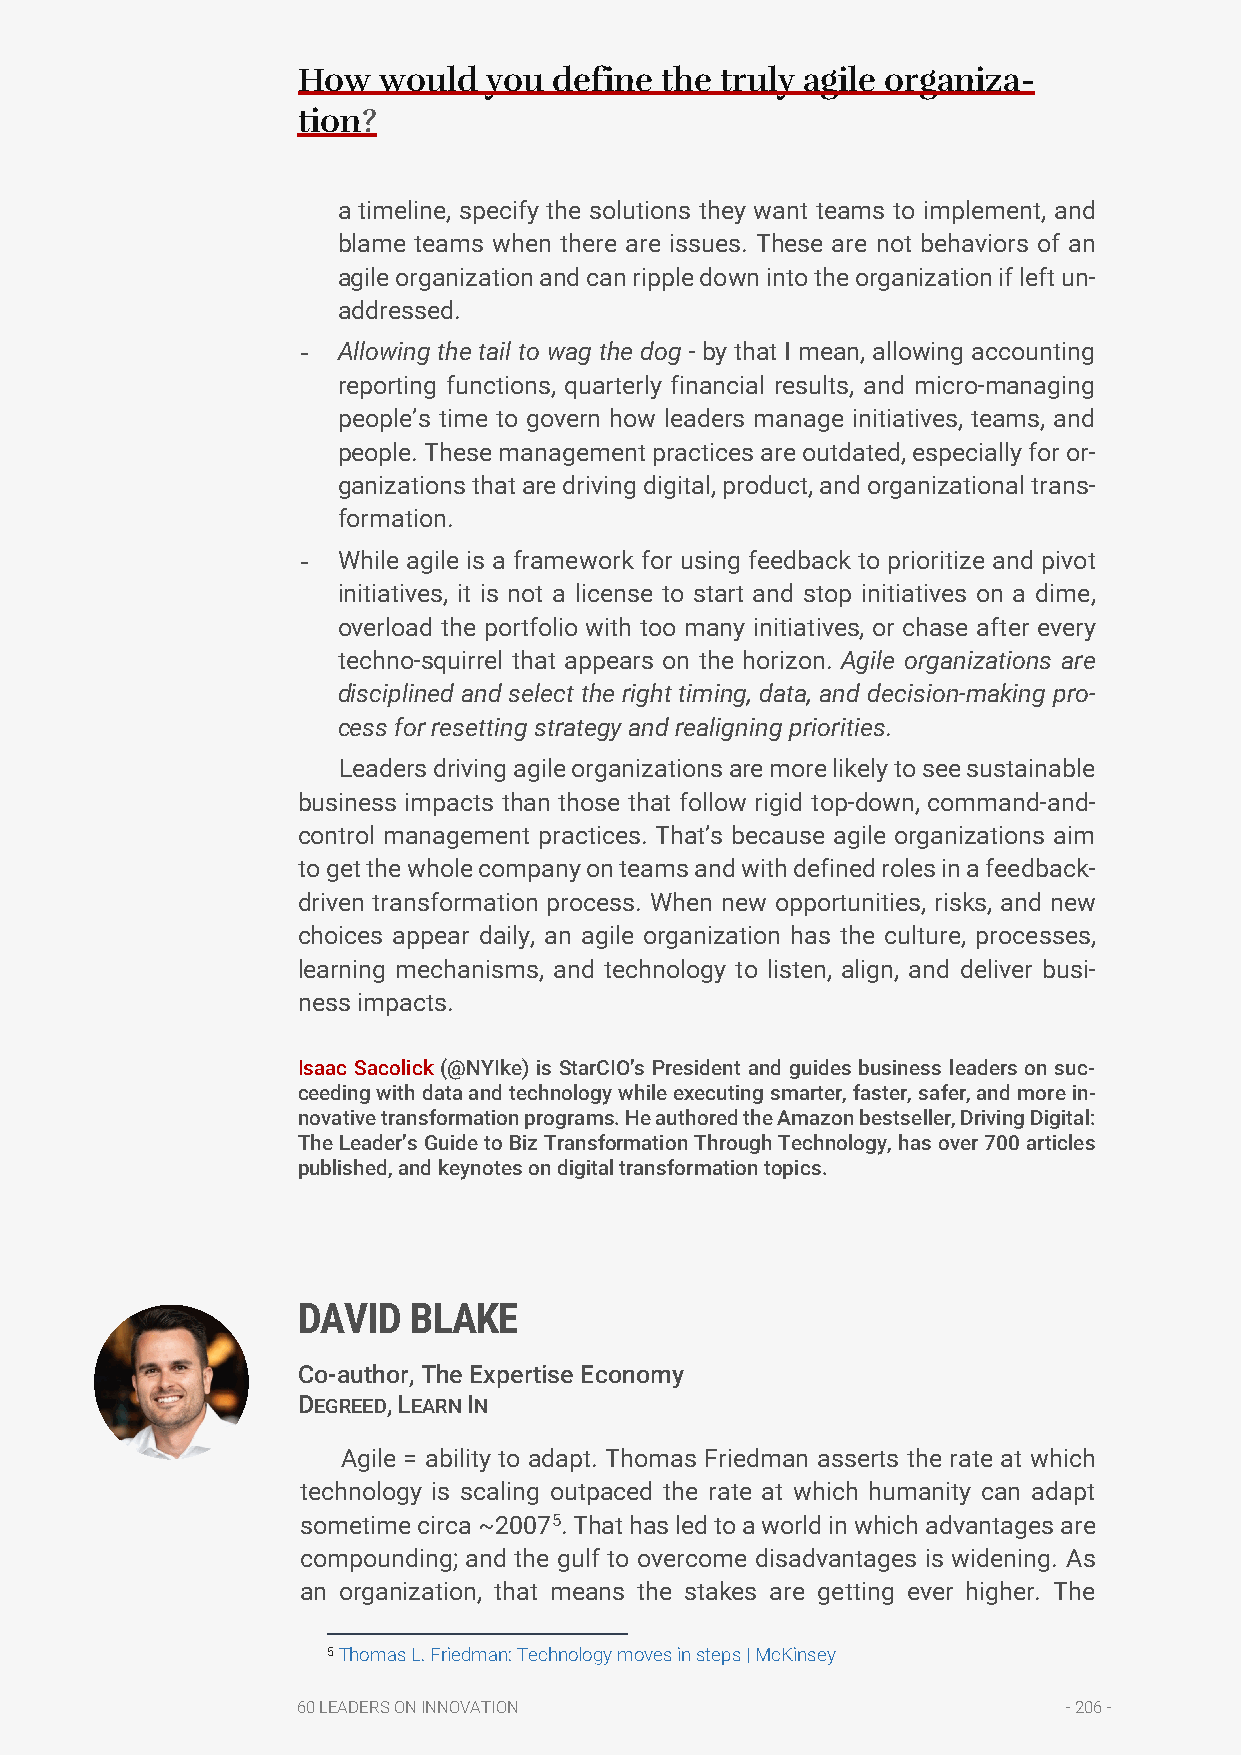
How  would  you  define the truly agile organiza-
 tion?
 a timeline, specify the solutions they want teams to implement, and
 blame teams when there are issues. These are not behaviors of an
 agile organization and can ripple down into the organization if left un-
 addressed.
 - Allowing the tail to wag the dog - by that I mean, allowing accounting
 reporting functions, quarterly financial results, and micro-managing
 people’s time to govern how leaders manage initiatives, teams, and
 people. These management practices are outdated, especially for or-
 ganizations that are driving digital, product, and organizational trans-
 formation.
 - While agile is a framework for using feedback to prioritize and pivot
 initiatives, it is not a license to start and stop initiatives on a dime,
 overload the portfolio with too many initiatives, or chase after every
 techno-squirrel that appears on the horizon. Agile organizations are
 disciplined and select the right timing, data, and decision-making pro-
 cess for resetting strategy and realigning priorities.
 Leaders driving agile organizations are more likely to see sustainable
 business impacts than those that follow rigid top-down, command-and-
 control management practices. That’s because agile organizations aim
 to get the whole company on teams and with defined roles in a feedback-
 driven transformation process. When new opportunities, risks, and new
 choices appear daily, an agile organization has the culture, processes,
 learning mechanisms, and technology to listen, align, and deliver busi-
 ness impacts.
 Isaac Sacolick (@NYIke) is StarCIO’s President and guides business leaders on suc-
 ceeding with data and technology while executing smarter, faster, safer, and more in-
 novative transformation programs. He authored the Amazon bestseller, Driving Digital:
 The Leader’s Guide to Biz Transformation Through Technology, has over 700 articles
 published, and keynotes on digital transformation topics.
 DAVID  BLAKE
 Co-author, The Expertise Economy
 DEGREED, LEARN IN
 Agile = ability to adapt. Thomas Friedman asserts the rate at which
 technology is scaling outpaced the rate at which humanity can adapt
 sometime circa ~20075. That has led to a world in which advantages are
 compounding; and the gulf to overcome disadvantages is widening. As
 an organization, that means the stakes are getting ever higher. The
 5 Thomas L. Friedman: Technology moves in steps | McKinsey
 60 LEADERS ON INNOVATION                           - 206 -